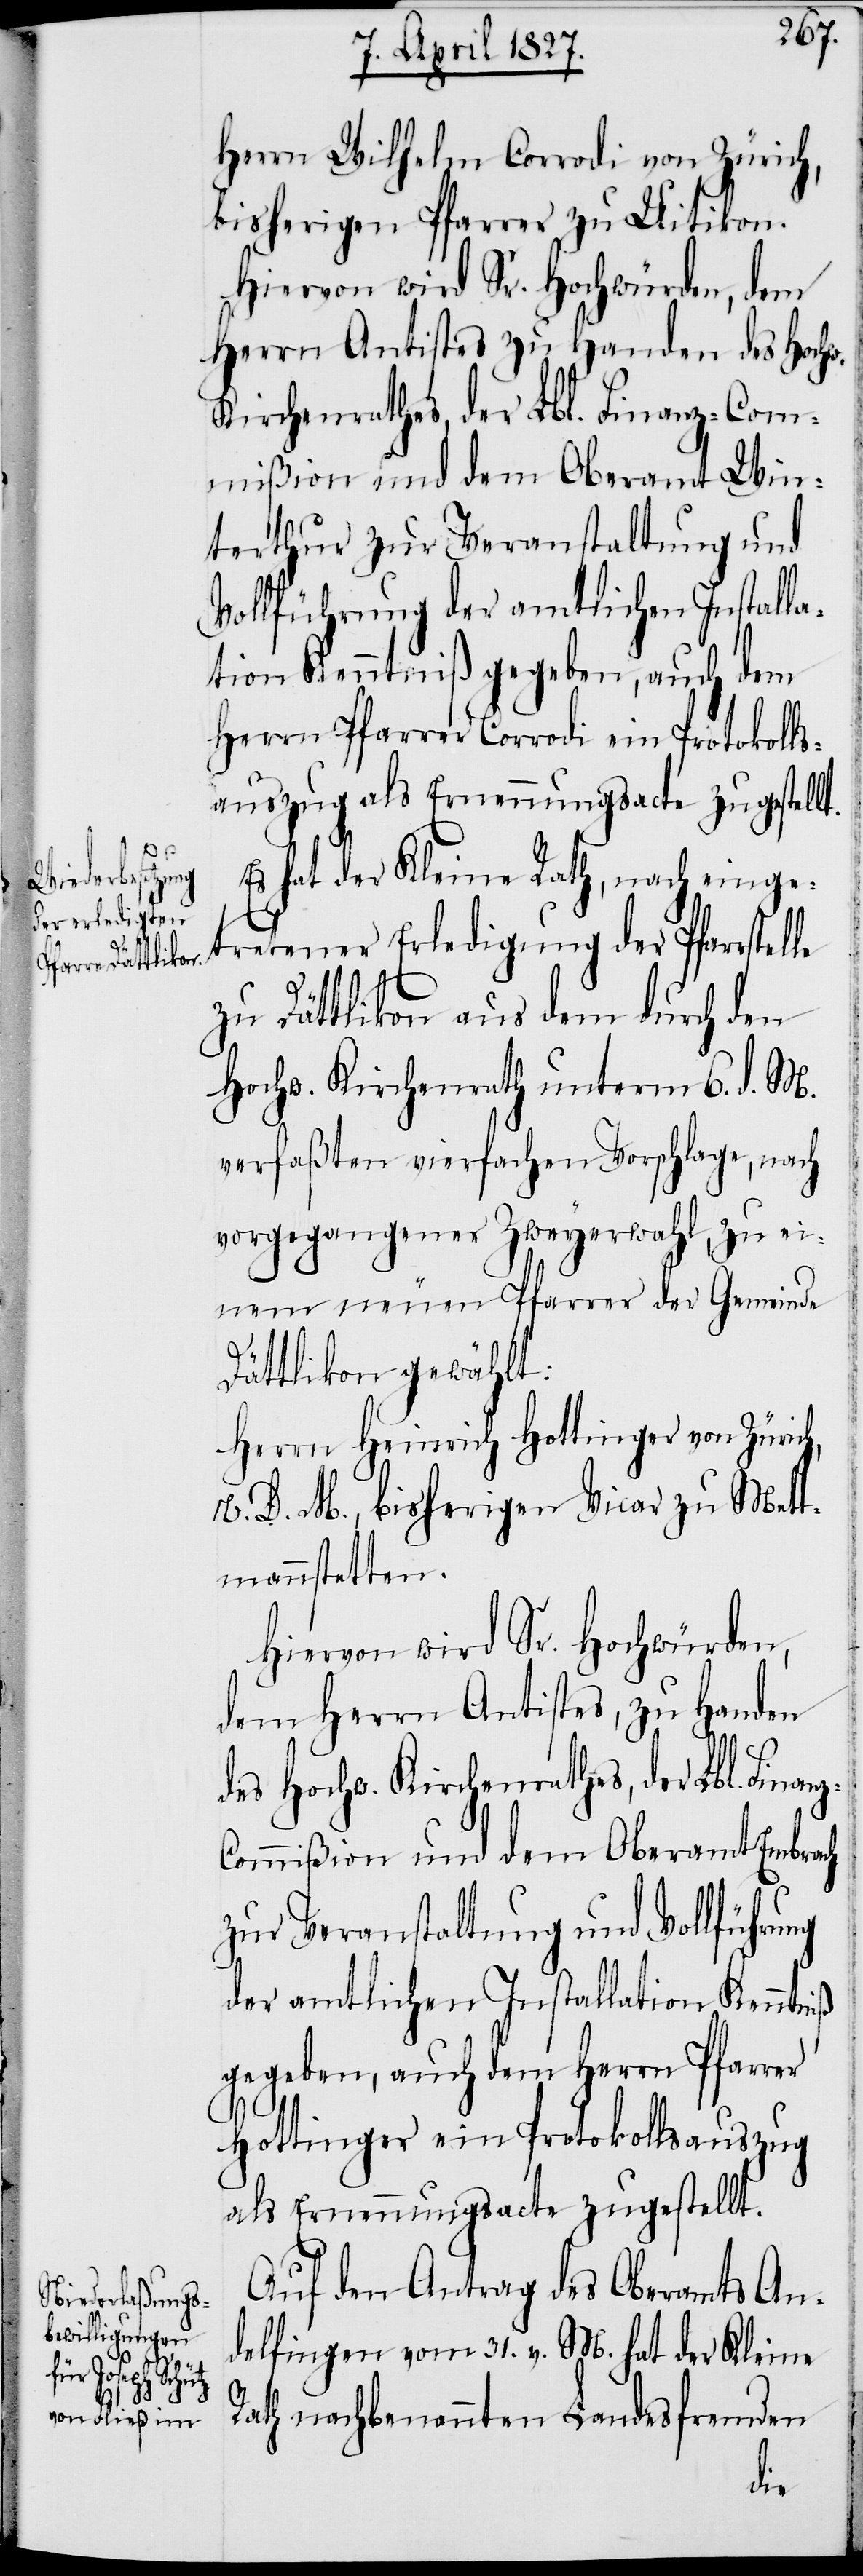
h,

Herrn Wilhelm Corrodi von Zürich,
bisheriger Pfarrer zu Uitikon.
Herrn Antistes zu Handen des Hochw.
Kirchenrathes, der Lbl. Finanz-C¬
mißion und dem Oberamt Win¬
terthur zur Veranstaltung und
Vollführung der amtlichen Installa¬
tion Kenntniß gegeben, auch dem
Herrn Pfarrer Corrodi ein Protokoll¬
auszug als Ernennungsacte zugestellt.
Es hat der Kleine Rath, nach einge¬
tretener Erledigung der Pfarrstel¬
zu Dättlikon aus dem durch den
Hochw. Kirchenrath unterm 6. d. M.
verfaßten vierfachen Vorschlage, nach
vorgegangener Zweyerwahl, zu ei¬
nem neuen Pfarrer der Gemeinde
Dättlikon gewählt:
Herrn Heinrich Hottinger von Züric¬
V. D. M., bisherigen Vicar zu Mett¬
mannstetten.
Hiervon wird Sr. Hochwürden,
dem Herrn Antistes, zu Handen
ommißion und dem Oberamt Embrach
zur Veranstaltung und Vollführung
der amtlichen Installation Kenntniß
gegeben, auch dem Herrn Pfarrer
Hottinger ein Protokollsauszug
als Ernennungsacte zugestellt.
Auf den Antrag des Oberamts An¬
delfingen vom 31. v. M. hat der Kleine
Rath nachbenannten Landesfremden
des